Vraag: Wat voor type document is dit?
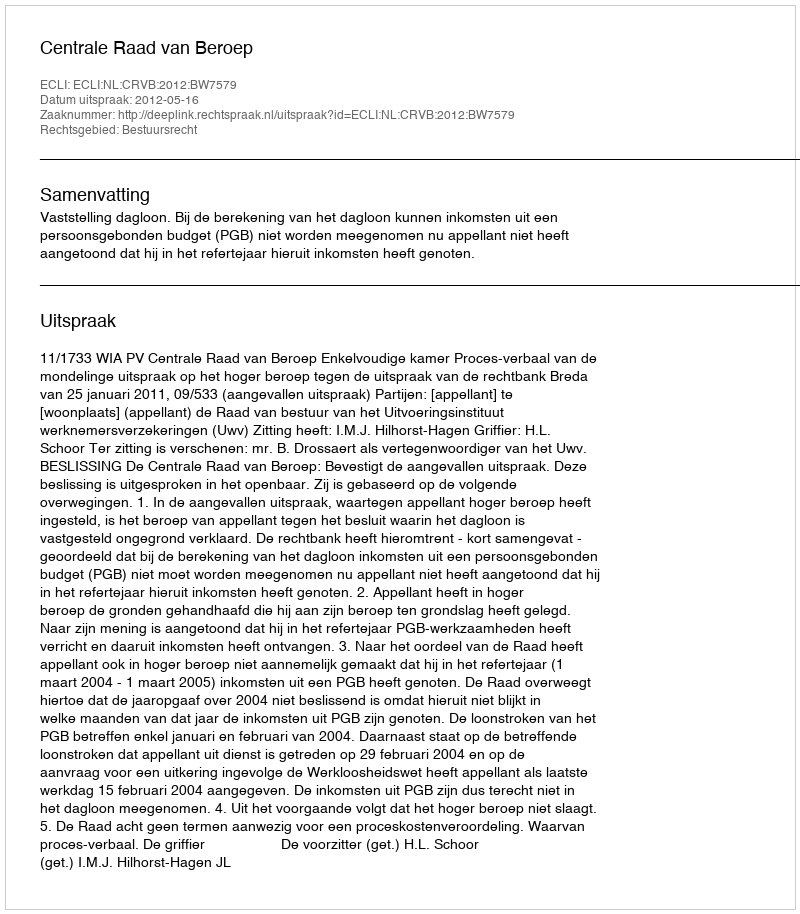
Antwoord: Uitspraak